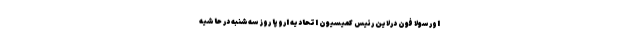
اورسولا فون درلاین رئیس کمیسیون اتحادیه اروپا روز سه‌شنبه در حاشیه